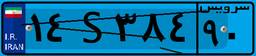
۶۲S۱۵۸۱۷